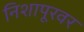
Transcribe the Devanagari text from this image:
निशापूरवर